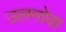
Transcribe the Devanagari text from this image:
उलनोवा